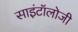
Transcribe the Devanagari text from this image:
साइंटॉलोजी